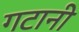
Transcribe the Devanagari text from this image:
गटानी